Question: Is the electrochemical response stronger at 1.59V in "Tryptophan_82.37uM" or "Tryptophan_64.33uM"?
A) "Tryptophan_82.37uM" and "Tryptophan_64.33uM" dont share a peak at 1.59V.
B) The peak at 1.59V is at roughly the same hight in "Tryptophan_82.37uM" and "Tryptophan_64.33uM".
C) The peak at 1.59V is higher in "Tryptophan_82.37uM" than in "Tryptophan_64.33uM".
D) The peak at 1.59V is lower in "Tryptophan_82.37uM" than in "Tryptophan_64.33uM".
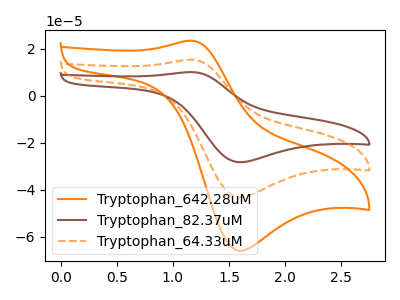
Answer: <think>The orange curve "Tryptophan_642.28uM" has an anodic peak at (1.15V, 23.45uA) and a cathodic peak at (1.60V, -66.05uA). The brown curve "Tryptophan_82.37uM" has an anodic peak at (1.15V, 30.70uA) and a cathodic peak at (1.60V, -86.50uA). The orange dashed curve "Tryptophan_64.33uM" has an anodic peak at (1.15V, 15.35uA) and a cathodic peak at (1.60V, -43.25uA).</think>
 <answer>C) The peak at 1.59V is higher in "Tryptophan_82.37uM" than in "Tryptophan_64.33uM".</answer>
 <eval>C</eval>